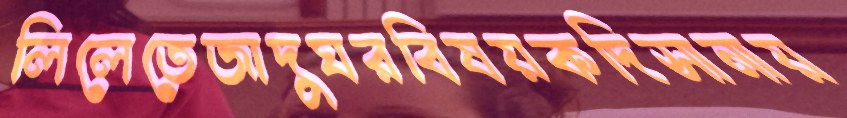
লিলেতেজাদুঘরবিষয়কদিসানায়